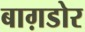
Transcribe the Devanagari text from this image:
बाग़डोर